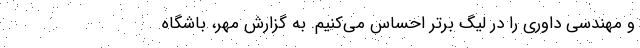
و مهندسی داوری را در لیگ برتر احساس می‌کنیم. به گزارش مهر، باشگاه